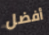
أفضل